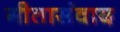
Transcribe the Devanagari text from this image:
गीतासंवाद